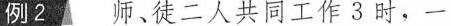
例2 师、徒二人共同工作3时，一